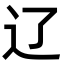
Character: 辽